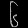
Digit: ၆